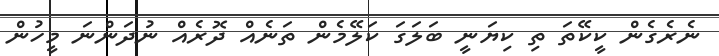
ނެރެގެން ކީކޭތަ ތި ކިޔަނީ ބަލަގަ ކަލޭމެން ތަނެއް ދޮރެއް ނުދަންނަ މީހުން